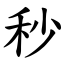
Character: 秒